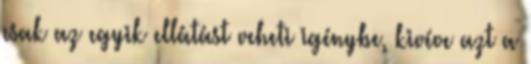
csak az egyik ellátást veheti igénybe, kivéve azt a